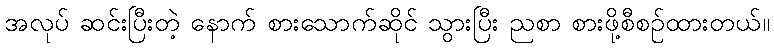
အလုပ် ဆင်းပြီးတဲ့ နောက် စားသောက်ဆိုင် သွားပြီး ညစာ စားဖို့စီစဉ်ထားတယ်။